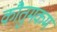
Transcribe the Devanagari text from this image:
कौतुमकम